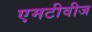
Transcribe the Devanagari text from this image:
एमटीवीज